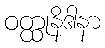
ဝတ္ထုနိဒါနာ